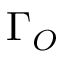
\Gamma _ { O }